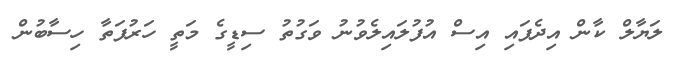
ލަޔާލް ކާން އިދެފައި އިސް އުފުލައިލެވުނު ވަގުތު ސިޑީގެ މަތީ ހަރުފަތާ ހިސާބުން